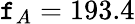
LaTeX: \mathtt{f}_{A}=193.4